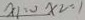
x _ { 1 } = 0 x _ { 2 } = 1